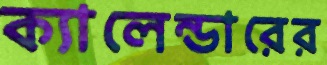
ক্যালেন্ডারের